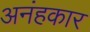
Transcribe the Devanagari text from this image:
अनंहकार